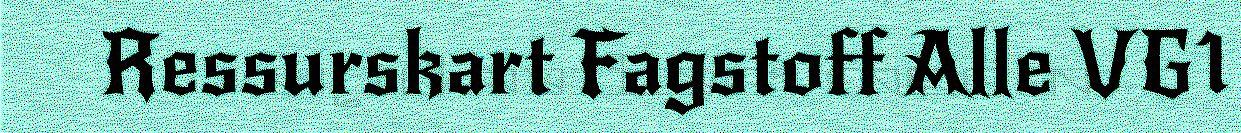
Ressurskart Fagstoff Alle VG1